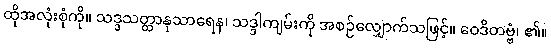
ထိုအလုံးစုံကို။ သဒ္ဒသတ္ထာနုသာရေန၊ သဒ္ဒါကျမ်းကို အစဉ်လျှောက်သဖြင့်။ ဝေဒိတဗ္ဗံ၊ ၏။